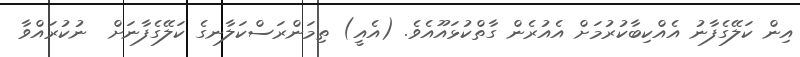
އިން ކަލޭގެފާނު އެއްކިބާކުރުމަށް އެއުރެން ގާތްކުޅައޫއެވެ. (އެއީ) ތިމަންރަސްކަލާނގެ ކަލޭގެފާނަށް  ނުކުރައްވާ